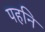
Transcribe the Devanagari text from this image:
पहनि